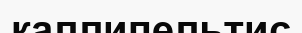
каллипельтис